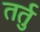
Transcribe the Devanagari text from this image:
तर्तु